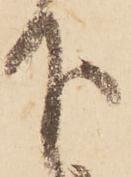
下